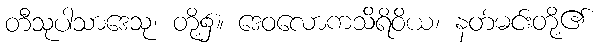
တီသုပါသာဒေသု၊ တို့၌။ ဒေဝလောကသိရိဝိယ၊ နတ်မင်းတို့၏